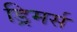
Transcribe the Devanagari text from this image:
ड्रिमर्स